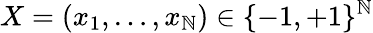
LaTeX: X=\left(x_{1},\ldots,x_{\mathbb{N}}\right)\in\{ -1,+1\} ^{\mathbb{N}}